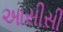
આસીસી